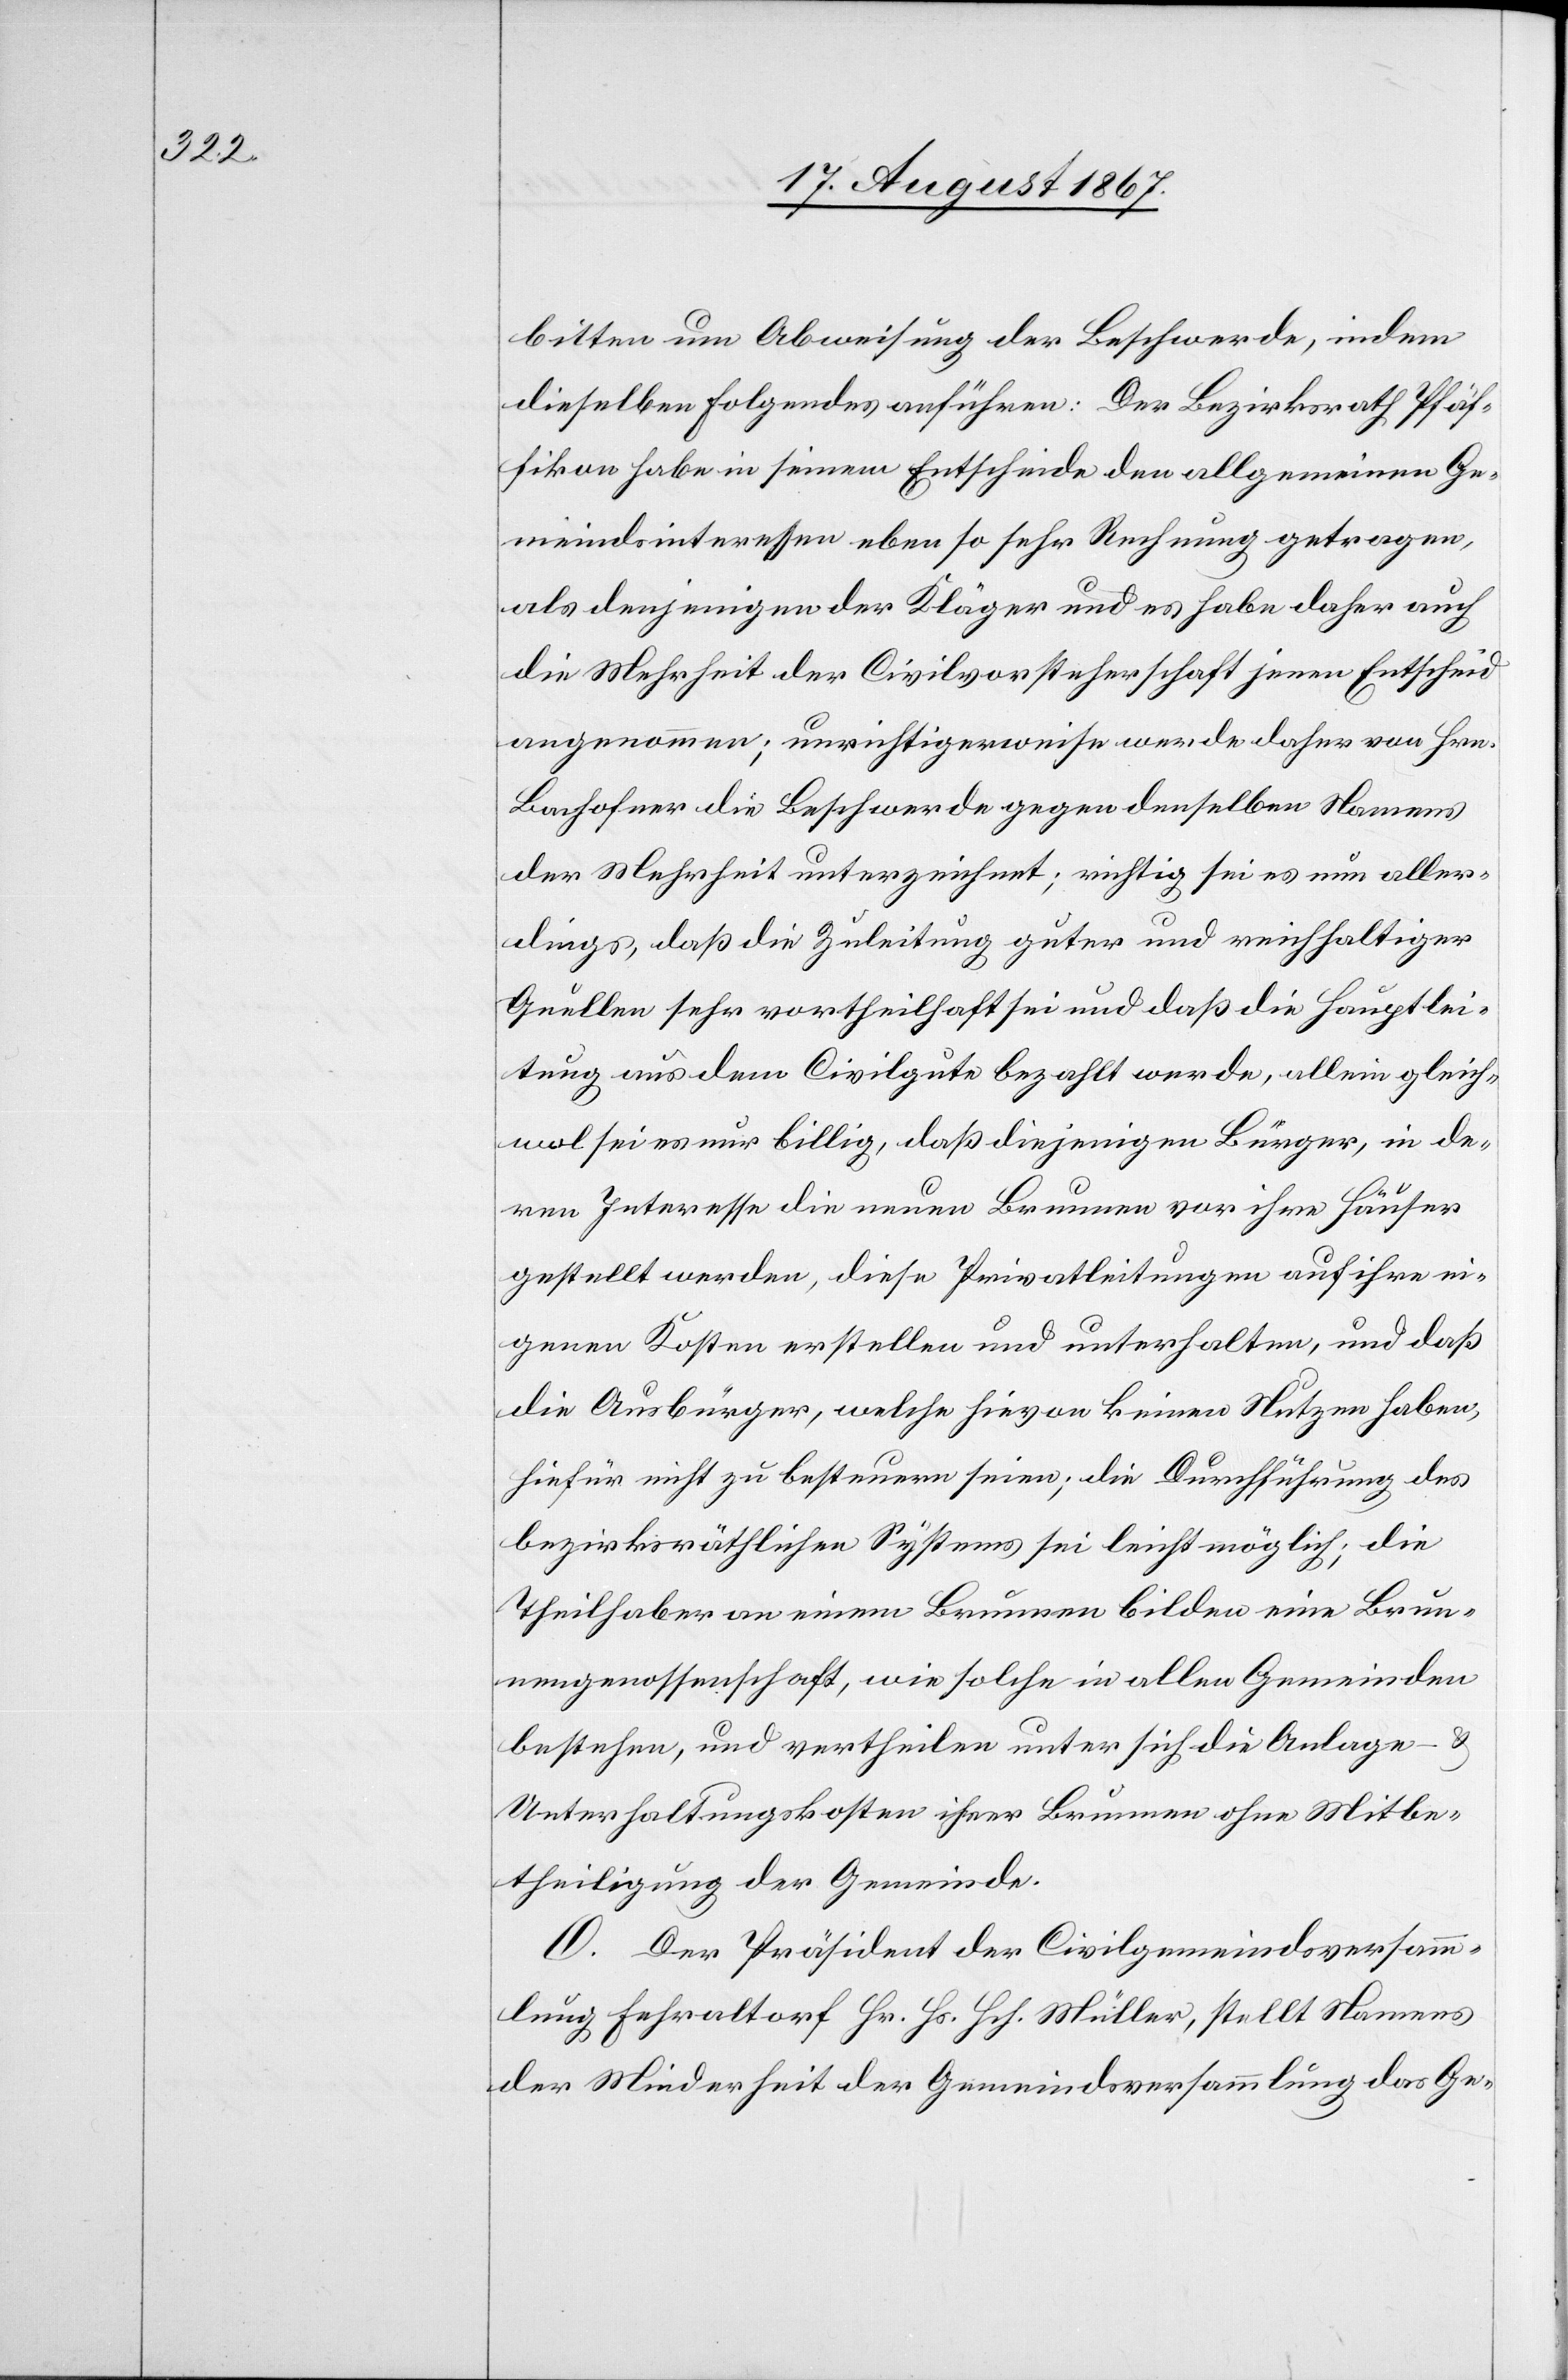
bitten um Abweisung der Beschwerde, indem
dieselben Folgendes anführen: Der Bezirksrath Pfäf¬
fikon habe in seinem Entscheide den allgemeinen Ge¬
meindsinteressen eben so sehr Rechnung getragen,
als denjenigen der Kläger und es habe daher auch
die Mehrheit der Civilvorsteherschaft jenen Entscheid
angenommen; unrichtigerweise werde daher von Hrn.
Bachofner die Beschwerde gegen denselben Namens
der Mehrheit unterzeichnet; richtig sei es nun aller¬
dings, daß die Zuleitung guter und reichhaltiger
Quellen sehr vortheilhaft sei und daß die Hauptlei¬
tung aus dem Civilgute bezahlt werde, allein gleich¬
wol sei es nur billig, daß diejenigen Bürger, in de¬
ren Interesse die neuen Brunnen vor ihre Häuser
gestellt werden, diese Privatleitungen auf ihre ei¬
genen Kosten erstellen und unterhalten, und daß
die Ausbürger, welche hievon keinen Nutzen haben,
hiefür nicht zu besteuern seien; die Durchführung des
bezirksräthlichen Systems sei leicht möglich; die
Theilhaber an einem Brunnen bilden eine Brun¬
nengenossenschaft, wie solche in allen Gemeinde
bestehen, und vertheilen unter sich die Anlage- u.
Unterhaltungskosten ihrer Brunnen ohne Mitbe¬
theiligung der Gemeinde.
O. Der Präsident der Civilgemeindsversamm¬
lung Fehraltorf Hr. Hs. Hch. Müller, stellt Namens
der Minderheit der Gemeindsversammlung das Ge-